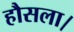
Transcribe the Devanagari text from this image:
हौसला।